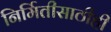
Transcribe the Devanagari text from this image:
निर्मितीसाठीही